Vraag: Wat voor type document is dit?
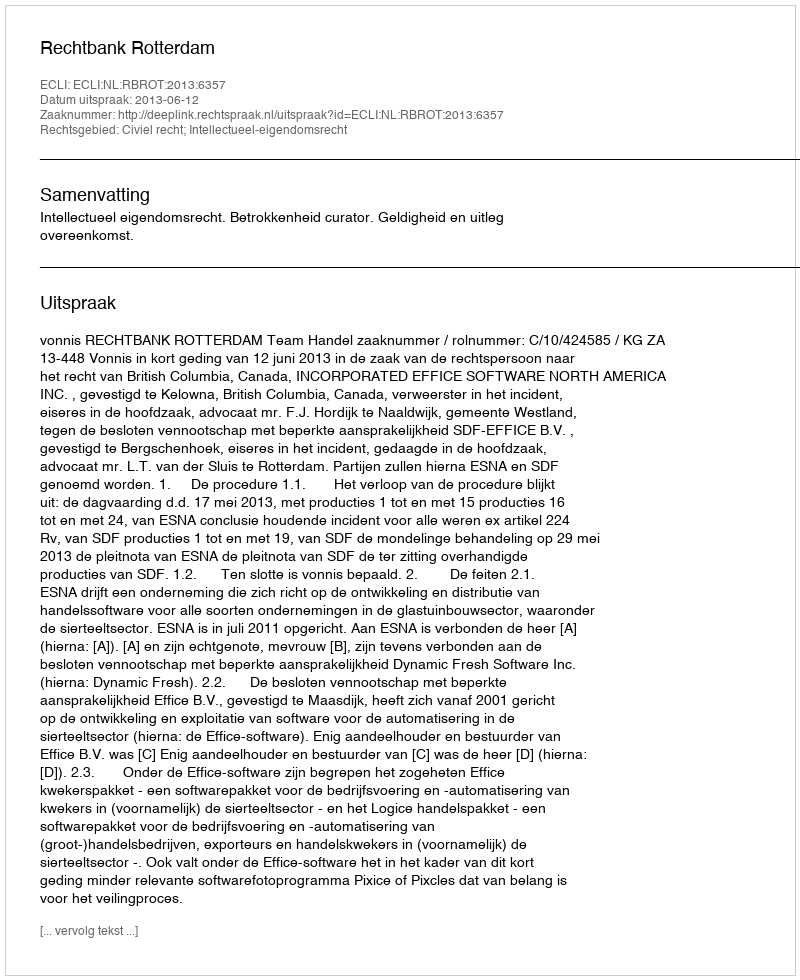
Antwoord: Uitspraak